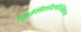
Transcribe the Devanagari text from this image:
क्रिमिनोलोजिकल